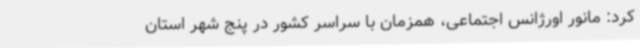
کرد: مانور اورژانس اجتماعی، همزمان با سراسر کشور در پنج شهر استان